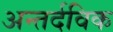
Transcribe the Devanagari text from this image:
अन्तर्दविक